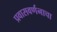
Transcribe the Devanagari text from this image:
प्रवासवर्णनाचा